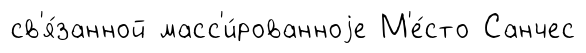
св'я́занной масс'и́рованноjе М'е́сто Санчес